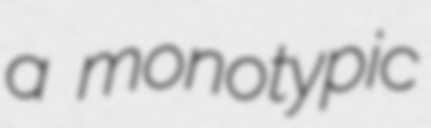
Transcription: a monotypic